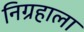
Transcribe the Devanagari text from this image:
निग्रहाला